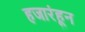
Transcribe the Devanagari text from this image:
हजारंहून